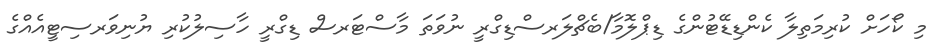
މި ކޯހަށް ކުރިމަތިލާ ކެންޑިޑޭޓުންގެ ޑިޕްލޮމާ/ބެޗްލަރސްޑިގްރީ ނުވަތަ މާސްޓަރސް ޑިގްރީ ހާސިލުކުރި ޔުނިވަރސިޓީއެއްގެ